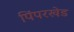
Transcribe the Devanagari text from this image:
पिंपरखेड